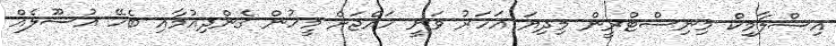
އިސްލާމިކް މިނިސްޓްރީން މިދިޔަ އަހަރު ވަނީ ހައްޖަށް މީހުން ގެންދިއުމާއި ބެހޭ އުސޫލެއް